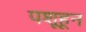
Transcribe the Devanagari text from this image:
पशूहून